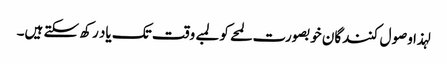
لہذا وصول کنندگان خوبصورت لمحے کو لمبے وقت تک یاد رکھ سکتے ہیں۔